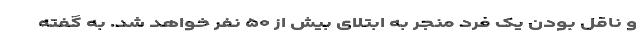
و ناقل بودن یک فرد منجر به ابتلای بیش از ۵۰ نفر خواهد شد. به گفته